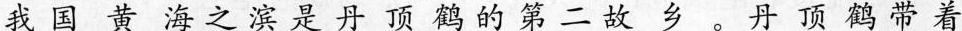
我国黄海之滨是丹顶鹤的第二故乡。丹顶鹤带着